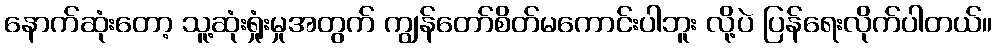
နောက်ဆုံးတော့ သူ့ဆုံးရှုံးမှုအတွက် ကျွန်တော်စိတ်မကောင်းပါဘူး လို့ပဲ ပြန်ရေးလိုက်ပါတယ်။